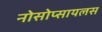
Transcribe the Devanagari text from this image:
नोसोप्सायलस